Lunatic asylums Burma 1907-21 - 1907-1921
Year: 1907
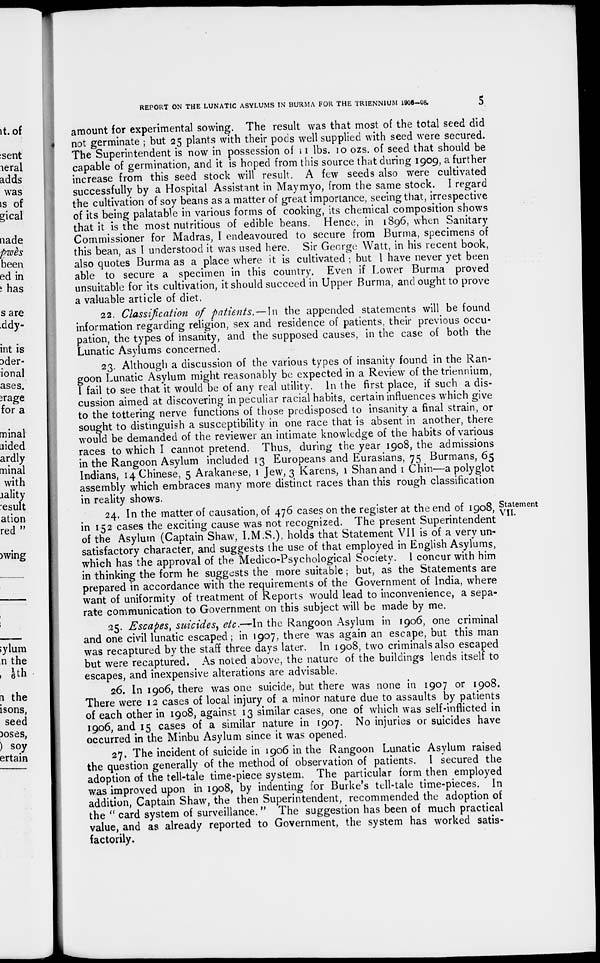
REPORT ON THE LUNATIC ASYLUMS IN BURMA FOR THE TRIENNIUM 1906-08.
5
amount for experimental sowing. The result was that most of the total seed did
not germinate ; but 25 plants with their pods well supplied with seed were secured.
The Superintendent is now in possession of 11 lbs. 10 ozs. of seed that should be
capable of germination, and it is hoped from this source that during 1909, a further
increase from this seed stock will result. A few seeds also were cultivated
successfully by a Hospital Assistant in Maymyo, from the same stock. I regard
the cultivation of soy beans as a matter of great importance, seeing that, irrespective
of its being palatable in various forms of cooking, its chemical composition shows
that it is the most nutritious of edible beans. Hence, in 1896, when Sanitary
Commissioner for Madras, I endeavoured to secure from Burma, specimens of
this bean, as I understood it was used here. Sir George Watt, in his recent book,
also quotes Burma as a place where it is cultivated ; but 1 have never yet been
able to secure a specimen in this country. Even if Lower Burma proved
unsuitable for its cultivation, it should succeed in Upper Burma, and ought to prove
a valuable article of diet,
22. Classification of patients.—In the appended statements will be found
information regarding religion, sex and residence of patients, their previous occu-
pation, the types of insanity, and the supposed causes, in the case of both the
Lunatic Asylums concerned.
23. Although a discussion of the various types of insanity found in the Ran-
goon Lunatic Asylum might reasonably be expected in a Review of the triennium,
I fail to see that it would be of any real utility. In the first place, if such a dis-
cussion aimed at discovering in peculiar racial habits, certain influences which give
to the tottering nerve functions of those predisposed to insanity a final strain, or
sought to distinguish a susceptibility in one race that is absent in another, there
would be demanded of the reviewer an intimate knowledge of the habits of various
races to which I cannot pretend. Thus, during the year 1908, the admissions
in the Rangoon Asylum included 13 Europeans and Eurasians, 75 Burmans, 65
Indians, 14 Chinese, 5 Arakanese, 1 Jew, 3 Karens, 1 Shan and 1 Chin—a polyglot
assembly which embraces many more distinct races than this rough classification
in reality shows.
Statement
VII.
24. In the matter of causation, of 476 cases on the register at the end of 1908,
in 152 cases the exciting cause was not recognized. The present Superintendent
of the Asylum (Captain Shaw, I.M.S.), holds that Statement VII is of a very un-
satisfactory character, and suggests the use of that employed in English Asylums,
which has the approval of the Medico-Psychological Society. 1 concur with him
in thinking the form he suggests the more suitable; but, as the Statements are
prepared in accordance with the requirements of the Government of India, where
want of uniformity of treatment of Reports would lead to inconvenience, a sepa-
rate communication to Government on this subject will be made by me.
25. Escapes, suicides, etc.—In the Rangoon Asylum in 1906, one criminal
and one civil lunatic escaped ; in 1907, there was again an escape, but this man
was recaptured by the staff three days later. In 1908, two criminals also escaped
but were recaptured. As noted above, the nature of the buildings lends itself to
escapes, and inexpensive alterations are advisable.
26. In 1906, there was one suicide, but there was none in 1907 or 1908.
There were 12 cases of local injury of a minor nature due to assaults by patients
of each other in 1908, against 13 similar cases, one of which was self-inflicted in
1906, and 15 cases of a similar nature in 1907. No injuries or suicides have
occurred in the Minbu Asylum since it was opened.
27. The incident of suicide in 1906 in the Rangoon Lunatic Asylum raised
the question generally of the method of observation of patients. I secured the
adoption of the tell-tale time-piece system. The particular form then employed
was improved upon in 1908, by indenting for Burke's tell-tale time-pieces. In
addition, Captain Shaw, the then Superintendent, recommended the adoption of
the '' card system of surveillance. " The suggestion has been of much practical
value, and as already reported to Government, the system has worked satis-
factorily.